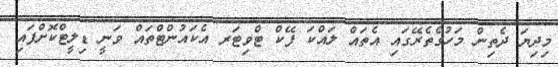
މިދިޔަ ދެތިން މަހުގެތެރޭގައި އެތައް ލައްކަ ފޭކް ޓްވިޓަރ އެކައުންޓްތައް ވަނީ ޑިލީޓްކޮށްފައި